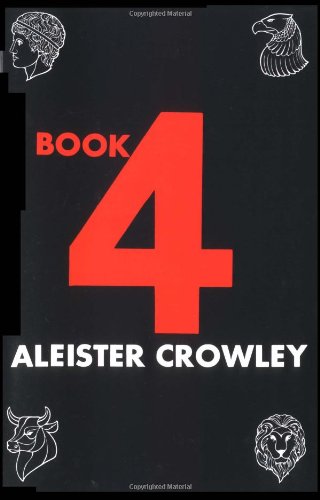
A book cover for Book 4; Aleister Crowley; Reference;